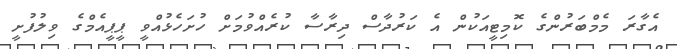
އެގާރަ މެމްބަރުންގެ ކޮމިޓީއަކުން އެ ކަރުދާސް ދިރާސާ ކުރެއްވުމަށް ހުށަހެޅުއްވީ ޕީޕީއެމްގެ ވިލުފުށީ